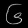
Digit: ၆